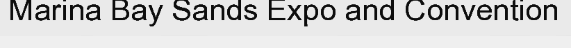
Marina Bay Sands Expo and Convention